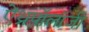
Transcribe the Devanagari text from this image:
ऐंथ्रपॉलॉजी